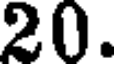
20.